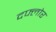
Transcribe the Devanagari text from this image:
दफ्लोर